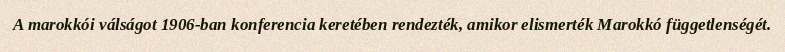
A marokkói válságot 1906-ban konferencia keretében rendezték, amikor elismerték Marokkó függetlenségét.